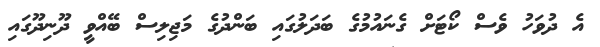
އެ ދުވަހު ވެސް ކޯޓަށް ގެނައުމުގެ ބަދަލުގައި ބަންދުގެ މަޖިލިސް ބޭއްވީ ދޫނިދޫގައި